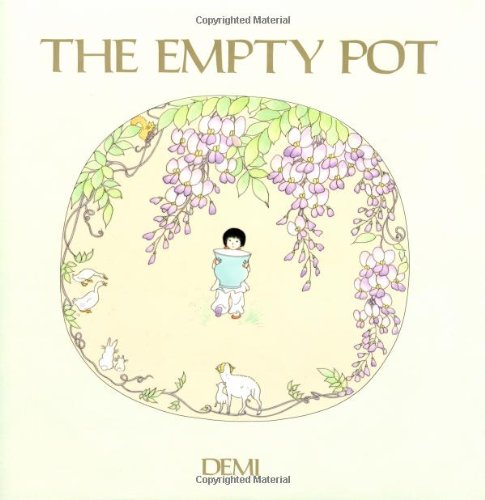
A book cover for The Empty Pot; Demi; Children's Books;